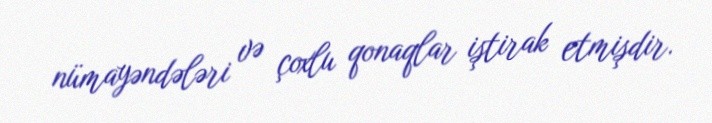
nümayəndələri və çoxlu qonaqlar iştirak etmişdir.